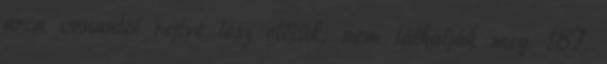
arca onnantól rejtve lesz előlük; nem láthatják meg. 187.